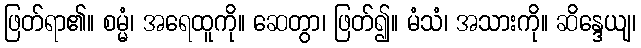
ဖြတ်ရာ၏။ စမ္မံ၊ အရေထူကို။ ဆေတွာ၊ ဖြတ်၍။ မံသံ၊ အသားကို။ ဆိန္ဒေယျ၊